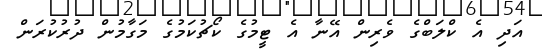
އަދި އެ ކްލަބްގެ ވެރިން އޭނާ އެ ޓީމުގެ ކޯޗުކަމުގެ މަގާމުން ދުރުކުރަން